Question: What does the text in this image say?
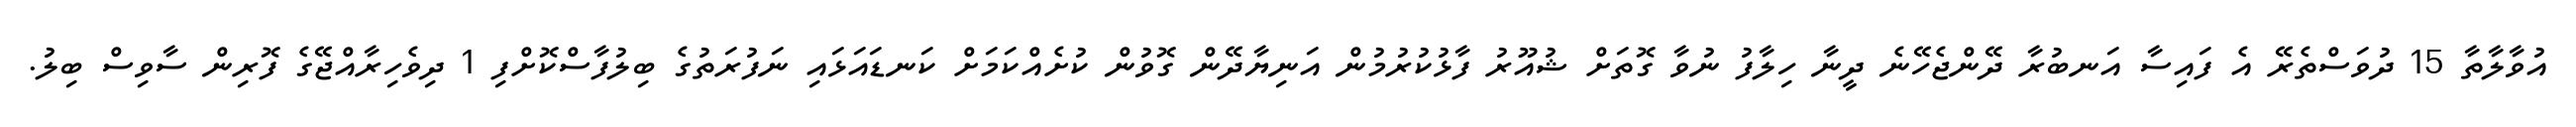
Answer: އުވާލާތާ 15 ދުވަސްތެރޭ އެ ފައިސާ އަނބުރާ ދޭންޖެހޭނެ ދީނާ ހިލާފު ނުވާ ގޮތަށް ޝުއޫރު ފާޅުކުރުމުން އަނިޔާދޭން ގޮވުން ކުށެއްކަމަށް ކަނޑައަޅައި ނަފުރަތުގެ ބިލުފާސްކޮށްފި 1 ދިވެހިރާއްޖޭގެ ފޮރިން ސާވިސް ބިލު.